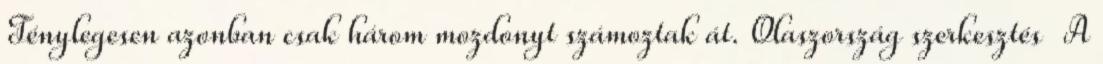
Ténylegesen azonban csak három mozdonyt számoztak át. Olaszország szerkesztés A